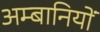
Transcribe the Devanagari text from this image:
अम्बानियों